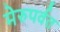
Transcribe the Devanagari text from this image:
मेरुपर्वत